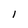
Character: I